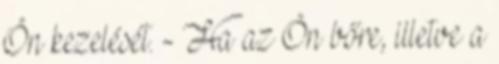
Ön kezelését. - Ha az Ön bőre, illetve a